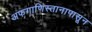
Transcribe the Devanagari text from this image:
अफगाणिस्तानापासून